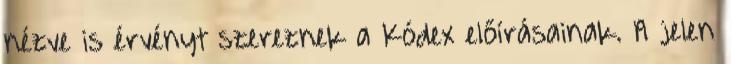
nézve is érvényt szereznek a Kódex előírásainak. A jelen